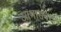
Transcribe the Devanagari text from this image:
आभासवद